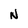
Character: N